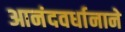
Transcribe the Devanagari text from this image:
आनंदवर्धानाने